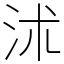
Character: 沭